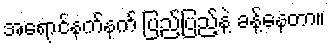
အရောင်နက်နက် ပြည့်ပြည့်နဲ့ ခန့်နေတာ။